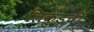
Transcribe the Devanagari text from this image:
लिकुडची